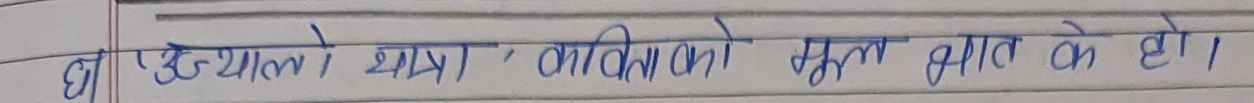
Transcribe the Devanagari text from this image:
हाँ, उज्यालो छात्र, कविताको मुल्य ज्ञात के हो ।